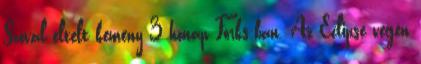
Szóval eltelt kemény 3 hónap Forks-ban. Az Eclipse végén